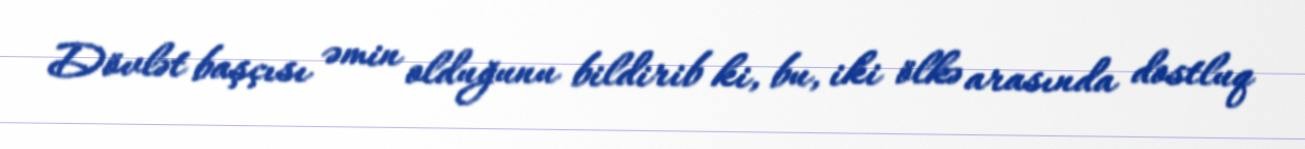
Dövlət başçısı əmin olduğunu bildirib ki, bu, iki ölkə arasında dostluq